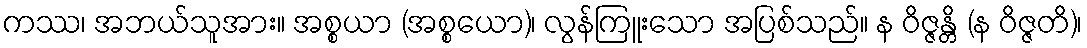
ကဿ၊ အဘယ်သူအား။ အစ္စယာ (အစ္စယော)၊ လွန်ကြူးသော အပြစ်သည်။ န ဝိဇ္ဇန္တိ (န ဝိဇ္ဇတိ)၊